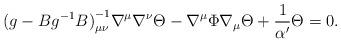
LaTeX: \begin{align*}{(g - B g^{-1} B)}^{-1}_{\mu \nu} \nabla^{\mu}\nabla^{\nu}\Theta - \nabla^{\mu}\Phi \nabla_{\mu} \Theta + {1\over \alpha'} \Theta = 0. \end{align*}